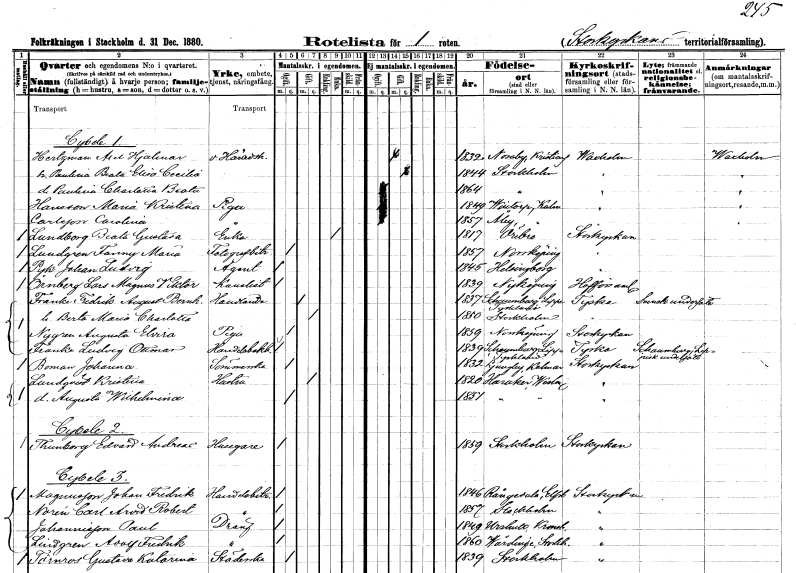
gt_parse: households: individuals: FN: Axel Hjalmar
EN: Hertzman
YRKE: Häradshövding v.
KON: M
CIV: G
FODAR: 1832
FODFORS: Nosaby Kristianstads län
FN: Paulina Beata Elisa Cecilia
KON: K
CIV: G
FODAR: 1844
FODFORS: Stockholm
FN: Paulina Charlotta Beata
KON: K
CIV: O
FODAR: 1864
FODFORS: Stockholm
FN: Maria Kristina
EN: Hansson
YRKE: Piga
KON: K
CIV: O
FODAR: 1849
FODFORS: Voxtorp Kalmar län
FN: Carolina
EN: Carlsson
YRKE: Piga
KON: K
CIV: O
FODAR: 1857
FODFORS: Åby Kalmar län
FN: Beata Gustava
EN: Lundborg
YRKE: Änka
KON: K
CIV: E
FODAR: 1817
FODFORS: Örebro Örebro län
FN: Fanny Maria
EN: Lundgren
YRKE: Telegrafbiträde
KON: K
CIV: O
FODAR: 1857
FODFORS: Norrköping Östergötlands län
FN: Johan Ludvig
EN: Pyk
YRKE: Agent
KON: M
CIV: O
FODAR: 1845
FODFORS: Helsingborg Malmöhus län
FN: Lars Magnus Viktor
EN: Örnberg
YRKE: Kanslist
KON: M
CIV: O
FODAR: 1839
FODFORS: Nyköping Södermanlands län
FN: Fredrik August Bernhard
EN: Franke
YRKE: Handlande
KON: M
CIV: G
FODAR: 1837
FN: Berta Maria Charlotta
KON: K
CIV: G
FODAR: 1850
FODFORS: Stockholm
FN: Augusta Elvira
EN: Nygren
YRKE: Piga
KON: K
CIV: O
FODAR: 1859
FODFORS: Norrköping Östergötlands län
FN: Ludvig Ottmar
EN: Franke
YRKE: Handelsbokhållare
KON: M
CIV: O
FODAR: 1839
FN: Johanna
EN: Boman
YRKE: Sömmerska
KON: K
CIV: O
FODAR: 1832
FODFORS: Ljungby Kalmar län
FN: Kristina
EN: Lundqvist
YRKE: Hustru
KON: K
CIV: G
FODAR: 1820
FODFORS: Haraker Västmanlands län
FN: Augusta Wilhelmina
KON: K
CIV: O
FODAR: 1851
FODFORS: Haraker Västmanlands län
FN: Edvard Andreas
EN: Thunberg
YRKE: Husägare
KON: M
CIV: O
FODAR: 1859
FODFORS: Stockholm
FN: Johan Fredrik
EN: Magnusson
YRKE: Handelsbiträde
KON: M
CIV: O
FODAR: 1846
FODFORS: Rångedala Älvsborgs län
FN: Carl Arvid Robert
EN: Norén
YRKE: Handelsbiträde
KON: M
CIV: O
FODAR: 1857
FODFORS: Stockholm